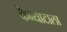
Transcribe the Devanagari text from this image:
केन्याटाला